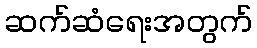
ဆက်ဆံရေးအတွက်